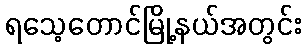
ရသေ့တောင်မြို့နယ်အတွင်း